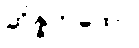
ဆိန္နကထော